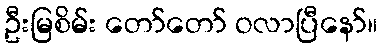
ဦးမြစိမ်း တော်တော် ဝလာပြီနော်။